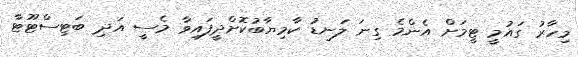
މިހާރު ގައުމީ ޓީމަށް އެންމެ ގިނަ ލަނޑު ކާމިޔާބުކޮށްދީފައިވާ މެސީ އަދި ބަޓިސްޓޫޓާ